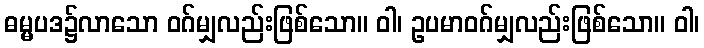
ဓမ္မပဒ၌လာသော ဝဂ်မျှလည်းဖြစ်သော။ ဝါ၊ ဥပမာဝဂ်မျှလည်းဖြစ်သော။ ဝါ၊